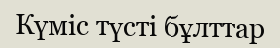
Күміс түсті бұлттар